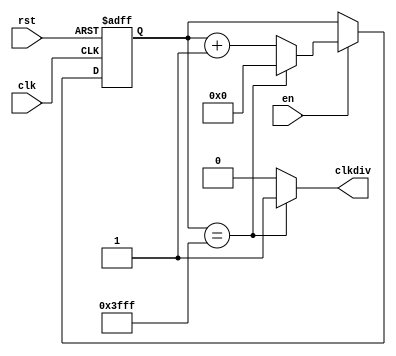
module DIV #(parameter COUNTER_SIZE = 14)
(
input clk,rst,
input wire en,
output clkdiv
);

parameter COUNTER_MAX_COUNT=(2**COUNTER_SIZE)-1;
reg [COUNTER_SIZE-1:0] cont;

always@(posedge clk or negedge rst)
if(!rst)
  cont<={COUNTER_SIZE{1'b0}};
 else  
 begin 
 if(en)
 begin
 if(cont==COUNTER_MAX_COUNT)
    cont<={COUNTER_SIZE{1'b0}};
 else 
    cont<=cont+1'b1;
 end 
  end 
assign clkdiv=(cont==COUNTER_MAX_COUNT )? 1'b1:1'b0;
endmodule